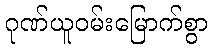
ဂုဏ်ယူဝမ်းမြောက်စွာ